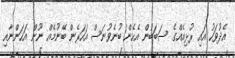
އެދުވަހު އައި ރުޅިއެއްގެ ސަބަބުން އެހެން ބުނެވުނަސް އަހަރެން ބޭނުމެއް ނޫން އަހަންނާއި